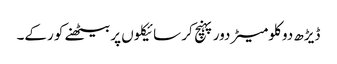
ڈیڑھ دو کلومیٹر دور پہنچ کر سائیکلوں پر بیٹھنے کو رکے۔